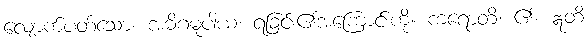
လျောက်ပတ်သော။ အဓိဂမူပါယံ၊ ရခြင်း၏အကြောင်းကို။ ကရောတိ၊ ၏။ ဣတိ